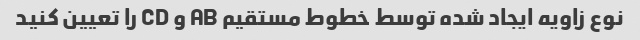
نوع زاویه ایجاد شده توسط خطوط مستقیم AB و CD را تعیین کنید